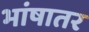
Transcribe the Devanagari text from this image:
भांषातर